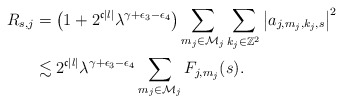
\begin{align*}R_{s,j}&=\left(1+2^{\mathfrak{c}|l|}\lambda^{\gamma+\epsilon_3-\epsilon_4}\right)\sum_{m_j\in\mathcal{M}_j}\sum_{k_j\in\mathbb{Z}^2}\left|a_{j,m_j,k_j,s}\right|^2\\&\lesssim2^{\mathfrak{c}|l|}\lambda^{\gamma+\epsilon_3-\epsilon_4}\sum_{m_j\in\mathcal{M}_j}F_{j,m_j}(s).\end{align*}